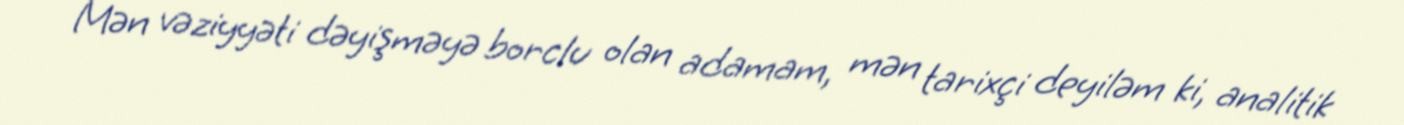
Mən vəziyyəti dəyişməyə borclu olan adamam, mən tarixçi deyiləm ki, analitik